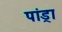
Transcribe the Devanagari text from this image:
पांड्रा